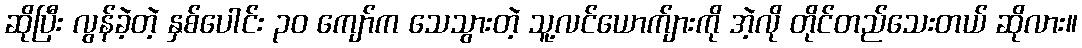
ဆိုပြီး လွန်ခဲ့တဲ့ နှစ်ပေါင်း ၃၀ ကျော်က သေသွားတဲ့ သူ့လင်ယောက်ျားကို အဲ့လို တိုင်တည်သေးတယ် ဆိုလား။